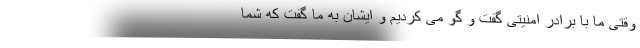
وقتی ما با برادر امنیتی گفت و گو می کردیم و ایشان به ما گفت که شما